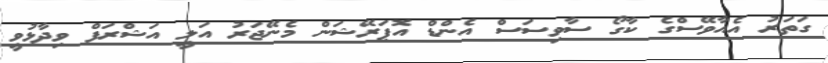
ގަތަރު އެއާވޭސްގެ ކާގޯ ސާވިސަސް އެންޑް އޮޕަރޭޝަން މެނޭޖަރު އަލީ އަޝްރަފް ވިދާޅުވީ